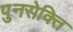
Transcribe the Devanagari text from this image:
पुनरोक्ति